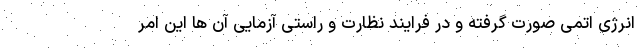
انرژی اتمی صورت گرفته و در فرایند نظارت و راستی آزمایی آن ها این امر